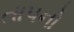
તાપનો